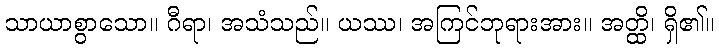
သာယာစွာသော။ ဂီရာ၊ အသံသည်။ ယဿ၊ အကြင်ဘုရားအား။ အတ္ထိ၊ ရှိ၏။